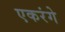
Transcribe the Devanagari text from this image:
एकरंगे